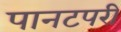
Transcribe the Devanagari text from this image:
पानटपरी